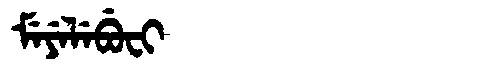
Manchu: ᠮᡝᠶᡝᠯᡝᠪᡠᠸᡳ
Romanization: MEYELEBUFI